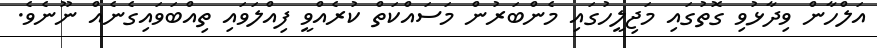
އަލްހާން ވިދާޅުވި ގޮތުގައި މަޖިލީހުގައި މެންބަރުން މަސައްކަތް ކުރެއްވީ ފިއްލަވައި ތިއްބަވައިގެނެއް ނޫނެވެ.